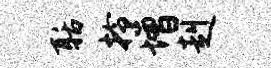
聒拎增赳